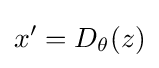
x'=D_{\theta }(z)